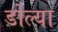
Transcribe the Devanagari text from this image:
डोल्या